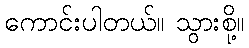
ကောင်းပါတယ်။ သွားစို့။